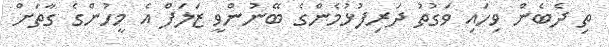
ތި ދެބެން ވިހައި ވަގުތު ދަރިފުޅުމެންގެ ބޭނުންވީ ޒަލަފް އެ މީހުންގެ ގާތަށް